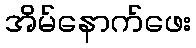
အိမ်နောက်ဖေး